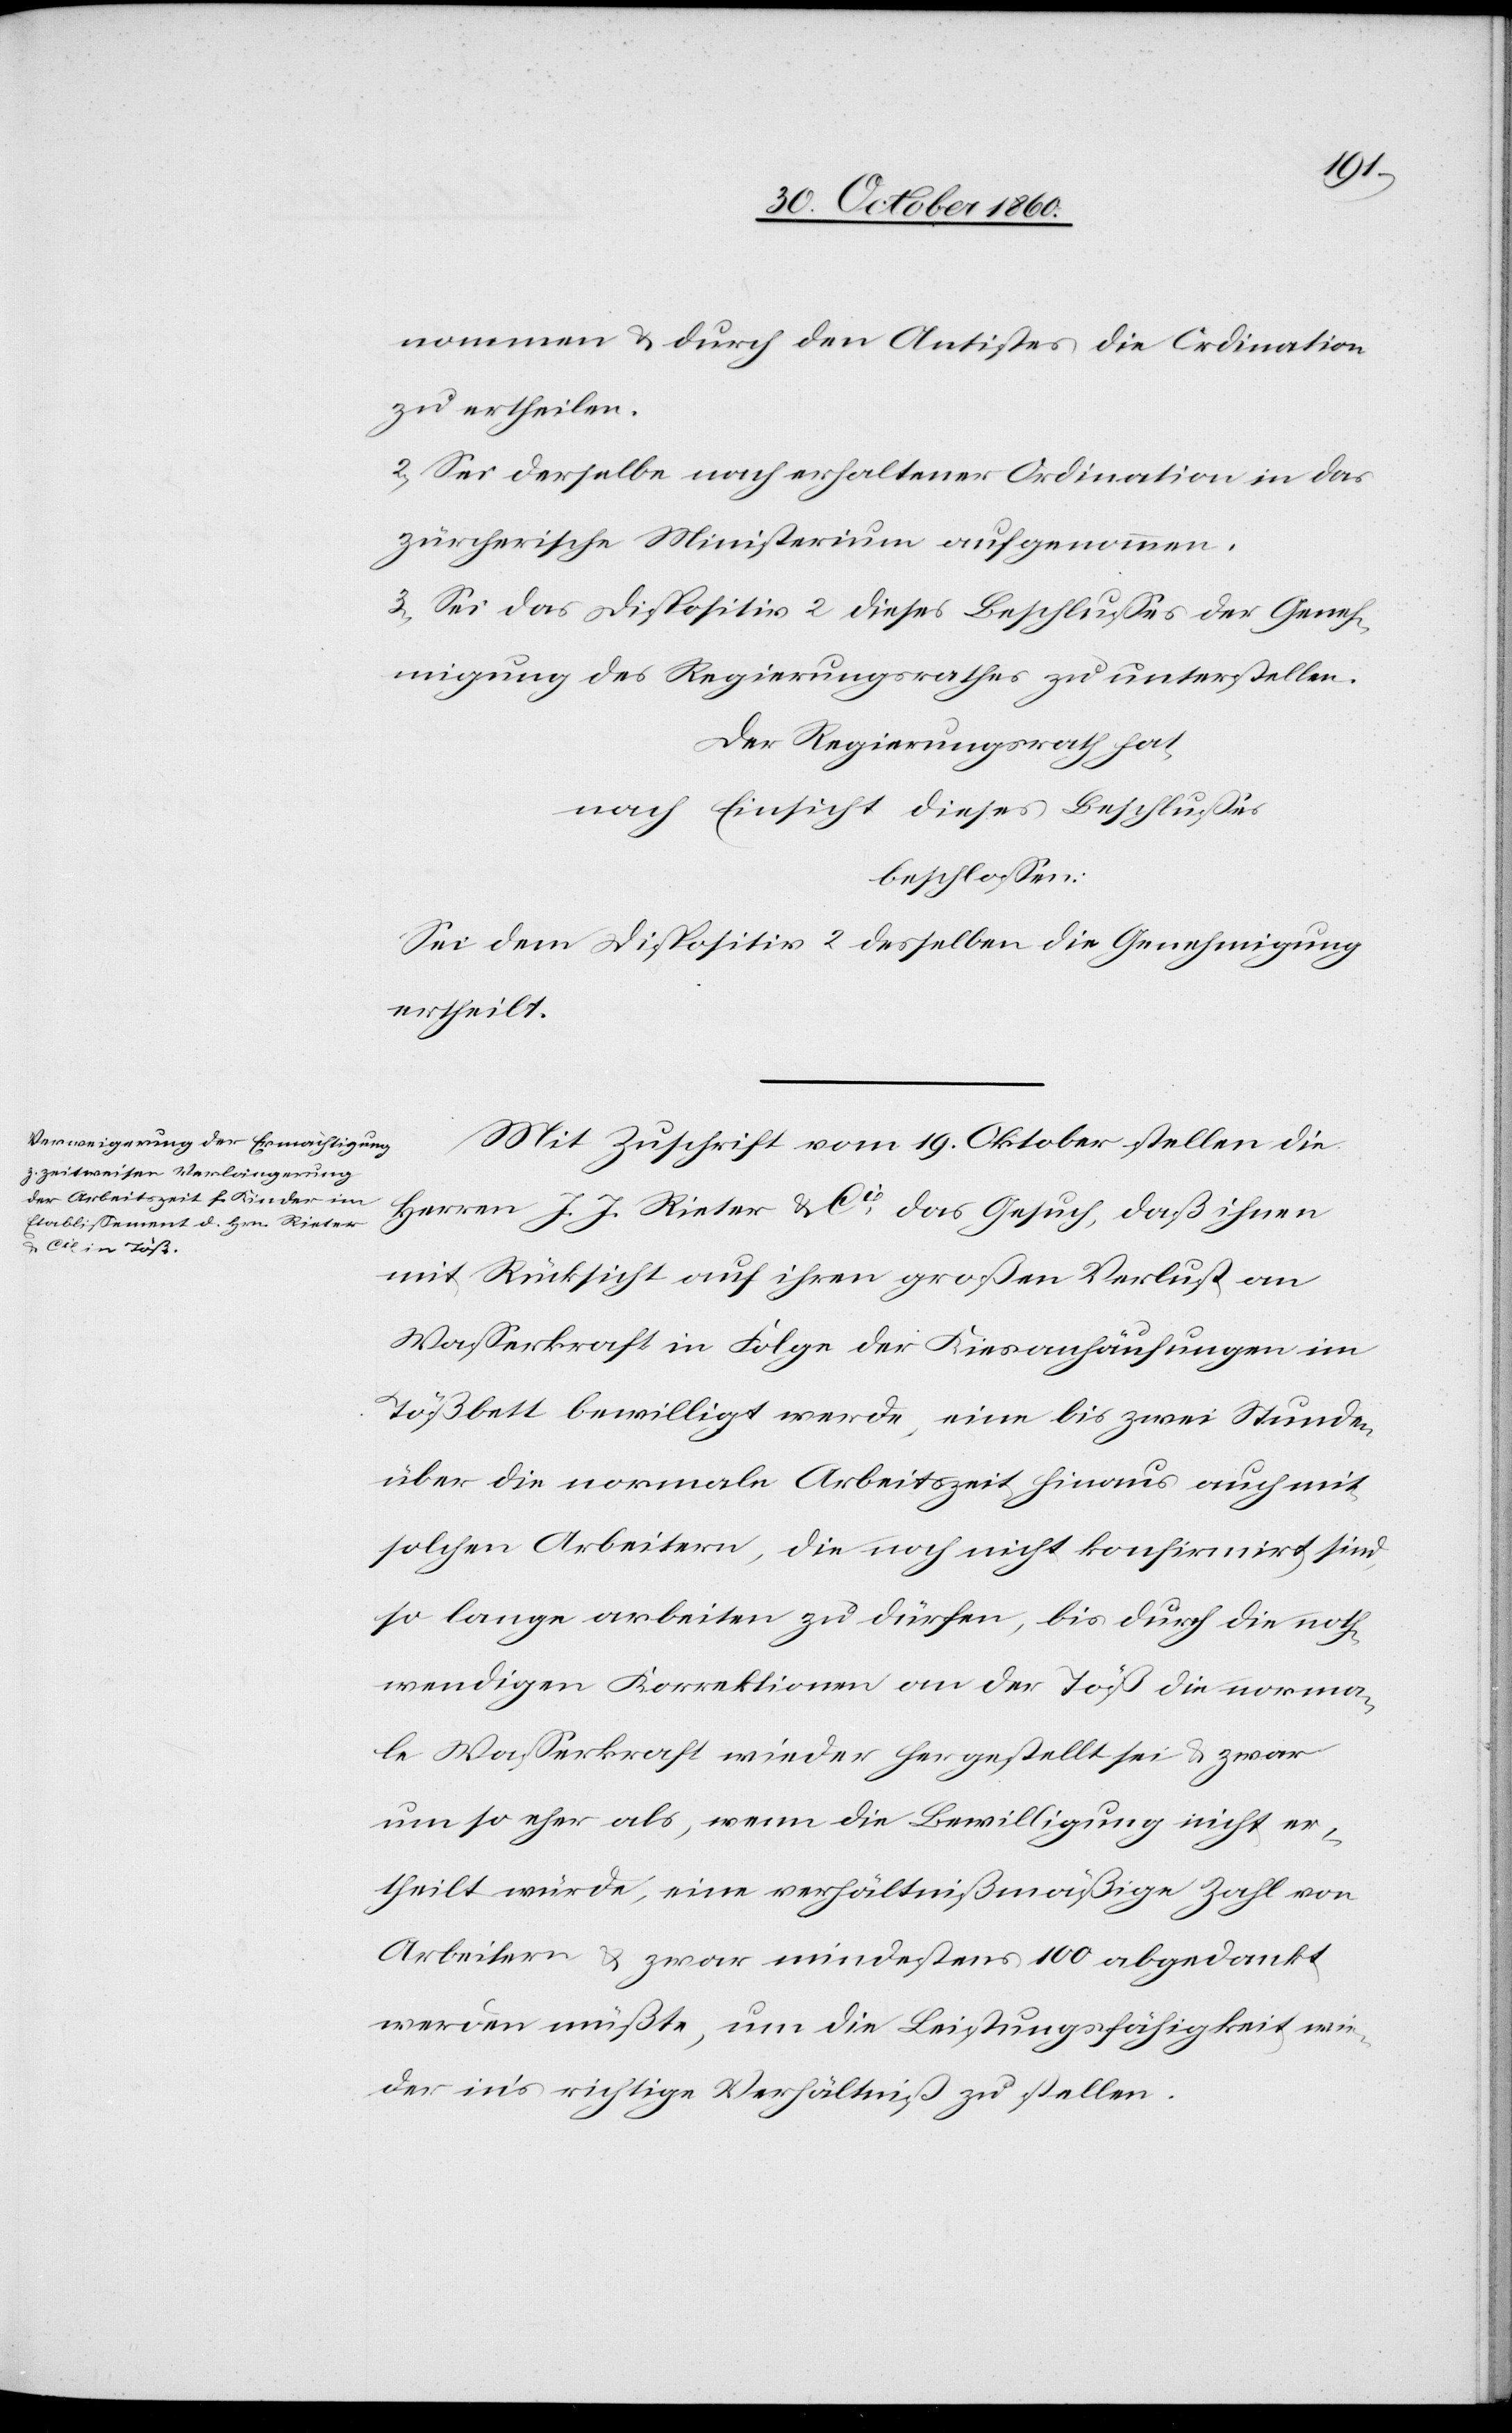
nommen u. durch den Antistes die Ordination
zu ertheilen.
2. Sei derselbe nach erhaltener Ordination in das
zürcherische Ministerium aufgenommen.
3. Sei das Dispositiv 2 dieses Beschlusses der Geneh¬
migung des Regierungsrathes zu unterstellen.
Der Regierungsrath hat,
nach Einsicht dieses Beschlusses,
beschlossen:
Sei dem Dispositiv 2 desselben die Genehmigung
ertheilt.
Mit Zuschrift vom 19. Oktober stellen die
Herren J. J. Reiter & Cie das Gesuch, daß ihnen
mit Rücksicht auf ihren großen Verlust an
Wasserkraft in Folge der Kiesanhäufungen im
Tößbett bewilligt werde, eine bis zwei Stunden
über die normale Arbeitszeit hinaus auch mit
solchen Arbeitern, die noch nicht konfimirt sind,
so lange arbeiten zu dürfen, bis durch die noth¬
wendigen Korrektionen an der Töß die norma¬
le Wasserkraft wieder hergestellt sei u. zwar
um so eher als, wenn die Bewilligung nicht er¬
theilt würde, eine verhältnißmäßige Zahl von
Arbeitern u. zwar mindestens 100 abgedankt
werden müßten, um die Leistungsfähigkeit wie¬
der in’s richtige Verhältniß zu stellen.